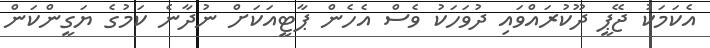
އެކަމަކު ޖޭޕީ ދޫކުރައްވައި ދުވަހަކު ވެސް އެހެން ޕާޓީއަކަށް ނުދާނެ ކަމުގެ ޔަގީންކަން